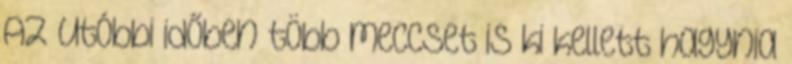
Az utóbbi időben több meccset is ki kellett hagynia